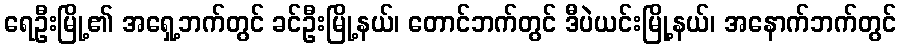
ရေဦးမြို့၏ အရှေ့ဘက်တွင် ခင်ဦးမြို့နယ်၊ တောင်ဘက်တွင် ဒီပဲယင်းမြို့နယ်၊ အနောက်ဘက်တွင်